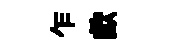
乍歔